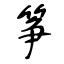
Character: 筝